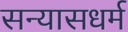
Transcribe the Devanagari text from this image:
सन्यासधर्म